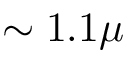
\sim 1 . 1 \mu